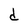
Character: b